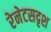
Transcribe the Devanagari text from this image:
रेनेटसदृश